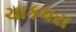
ચાકધરા